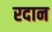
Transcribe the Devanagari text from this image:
रदान